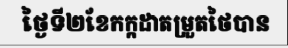
ថ្ងៃទី២ខែកក្កដាតម្រួតថៃបាន